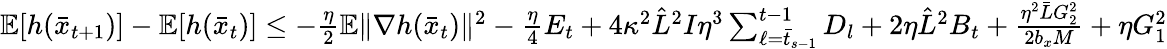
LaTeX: \begin{array}{r}{\mathbb{E}[h(\bar{x}_{t+1})]-\mathbb{E}[h(\bar{x}_{t})]\leq-\frac{\eta}{2}\mathbb{E}\| \nabla h(\bar{x}_{t})\| ^{2}-\frac{\eta}{4}E_{t}+4\kappa^{2}\hat{L}^{2}I\eta^{3}\sum_{\ell=\bar{t}_{s-1}}^{t-1}D_{l}+2\eta\hat{L}^{2}B_{t}+\frac{\eta^{2}\bar{L}G_{2}^{2}}{2b_{x}M}+\eta G_{1}^{2}}\end{array}